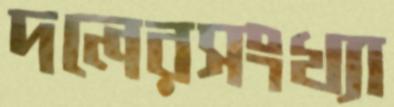
দলেরসংখ্যা